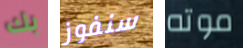
بك سنفوز موته